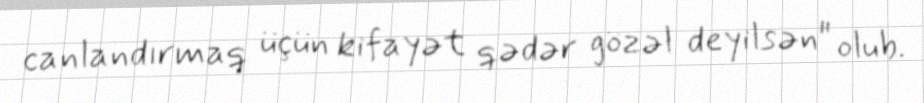
canlandırmaq üçün kifayət qədər gözəl deyilsən" olub.